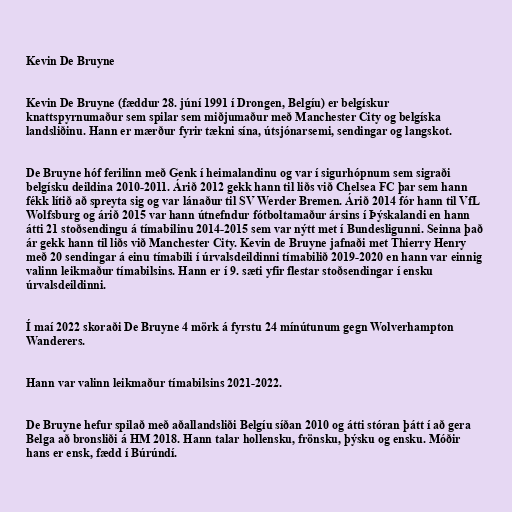
Kevin De Bruyne

Kevin De Bruyne (fæddur 28. júní 1991 í Drongen, Belgíu) er belgískur
knattspyrnumaður sem spilar sem miðjumaður með Manchester City og belgíska
landsliðinu. Hann er mærður fyrir tækni sína, útsjónarsemi, sendingar og langskot.

De Bruyne hóf ferilinn með Genk í heimalandinu og var í sigurhópnum sem sigraði
belgísku deildina 2010-2011. Árið 2012 gekk hann til liðs við Chelsea FC þar sem hann
fékk lítið að spreyta sig og var lánaður til SV Werder Bremen. Árið 2014 fór hann til VfL
Wolfsburg og árið 2015 var hann útnefndur fótboltamaður ársins í Þýskalandi en hann
átti 21 stoðsendingu á tímabilinu 2014-2015 sem var nýtt met í Bundesligunni. Seinna það
ár gekk hann til liðs við Manchester City. Kevin de Bruyne jafnaði met Thierry Henry
með 20 sendingar á einu tímabili í úrvalsdeildinni tímabilið 2019-2020 en hann var einnig
valinn leikmaður tímabilsins. Hann er í 9. sæti yfir flestar stoðsendingar í ensku
úrvalsdeildinni.

Í maí 2022 skoraði De Bruyne 4 mörk á fyrstu 24 mínútunum gegn Wolverhampton
Wanderers.

Hann var valinn leikmaður tímabilsins 2021-2022.

De Bruyne hefur spilað með aðallandsliði Belgíu síðan 2010 og átti stóran þátt í að gera
Belga að bronsliði á HM 2018. Hann talar hollensku, frönsku, þýsku og ensku. Móðir
hans er ensk, fædd í Búrúndí.